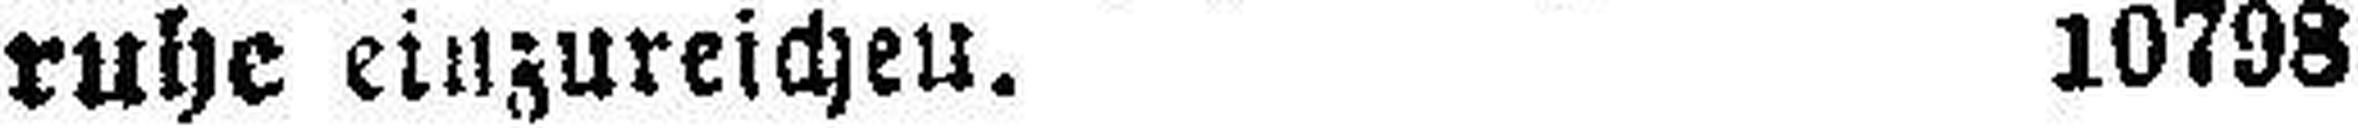
ruhe einzureichen. 10798